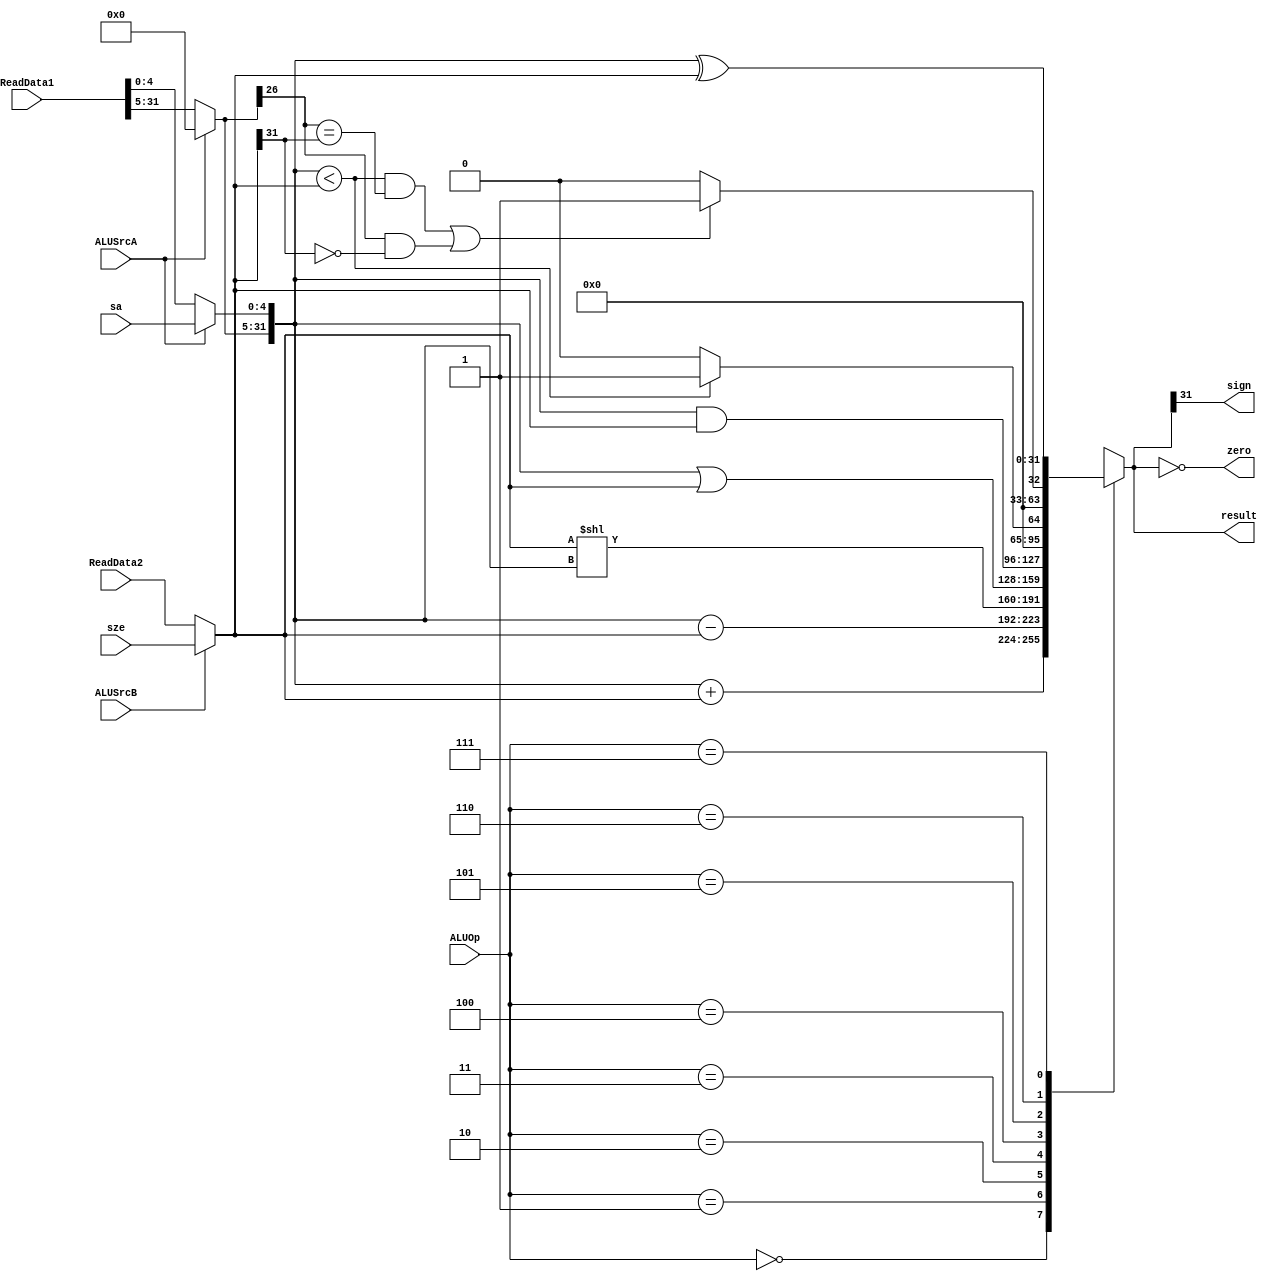
`timescale 1ns / 1ps

module ALU(
  input ALUSrcA,
  input ALUSrcB,
  input [31:0] ReadData1,
  input [31:0] ReadData2,
  input [4:0] sa,
  input [31:0] sze,
  input [2:0] ALUOp,
  output zero,
  output sign,
  output reg [31:0] result
);

  wire [31:0] A;
  wire [31:0] B;

  assign A[4:0] = ALUSrcA ? sa : ReadData1[4:0];
  assign A[31:5] = ALUSrcA ? 0 : ReadData1[31:5];
  assign B = ALUSrcB ? sze : ReadData2;
  assign zero = result == 0;
  assign sign = result[31];

  always @(*) begin
    case(ALUOp)
      3'b000: result = A + B;
      3'b001: result = A - B;
      3'b010: result = B << A;
      3'b011: result = A | B;
      3'b100: result = A & B;
      3'b101: result = (A < B) ? 1 : 0;
      3'b110: result = ((A < B && A[31] == B[31]) || (A[31] == 1 && B[31] == 0)) ? 1 : 0;
      3'b111: result = A ^ B;
    endcase
  end

endmodule